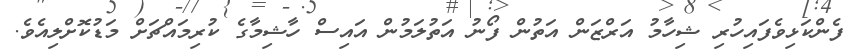
ފެންކަޅިވެފައިހުރި ޝިހާމު އަރްޒަން އަތުން ފޯނު އަތުލަމުން އައިސް ހާޝިމާގެ ކުރިމައްޗަށް މަޑުކޮށްލިއެވެ.